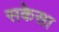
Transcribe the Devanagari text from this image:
सकेसा